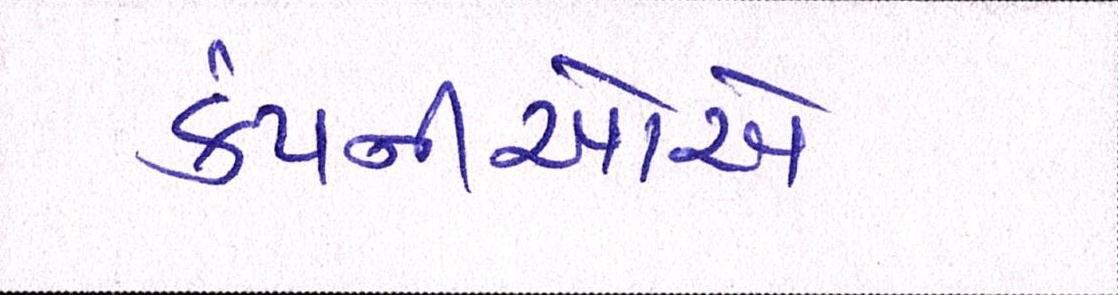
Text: કંપનીઓએ